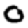
Digit: 0